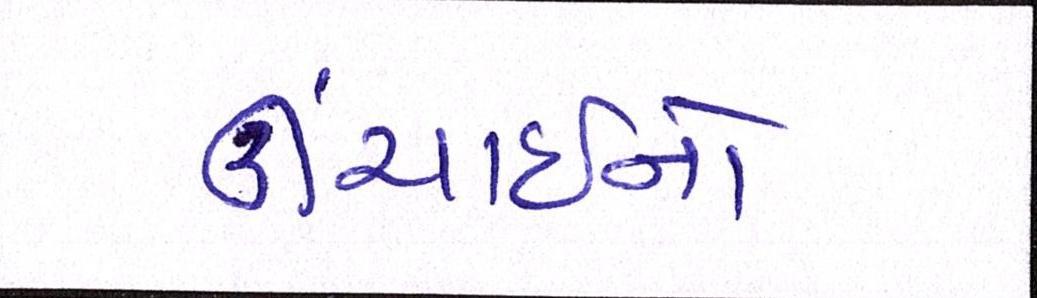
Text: ઊંચાઈનો